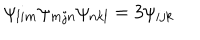
LaTeX: \psi _ { l i m } \psi _ { m j n } \psi _ { n k l } = 3 \psi _ { i j k }